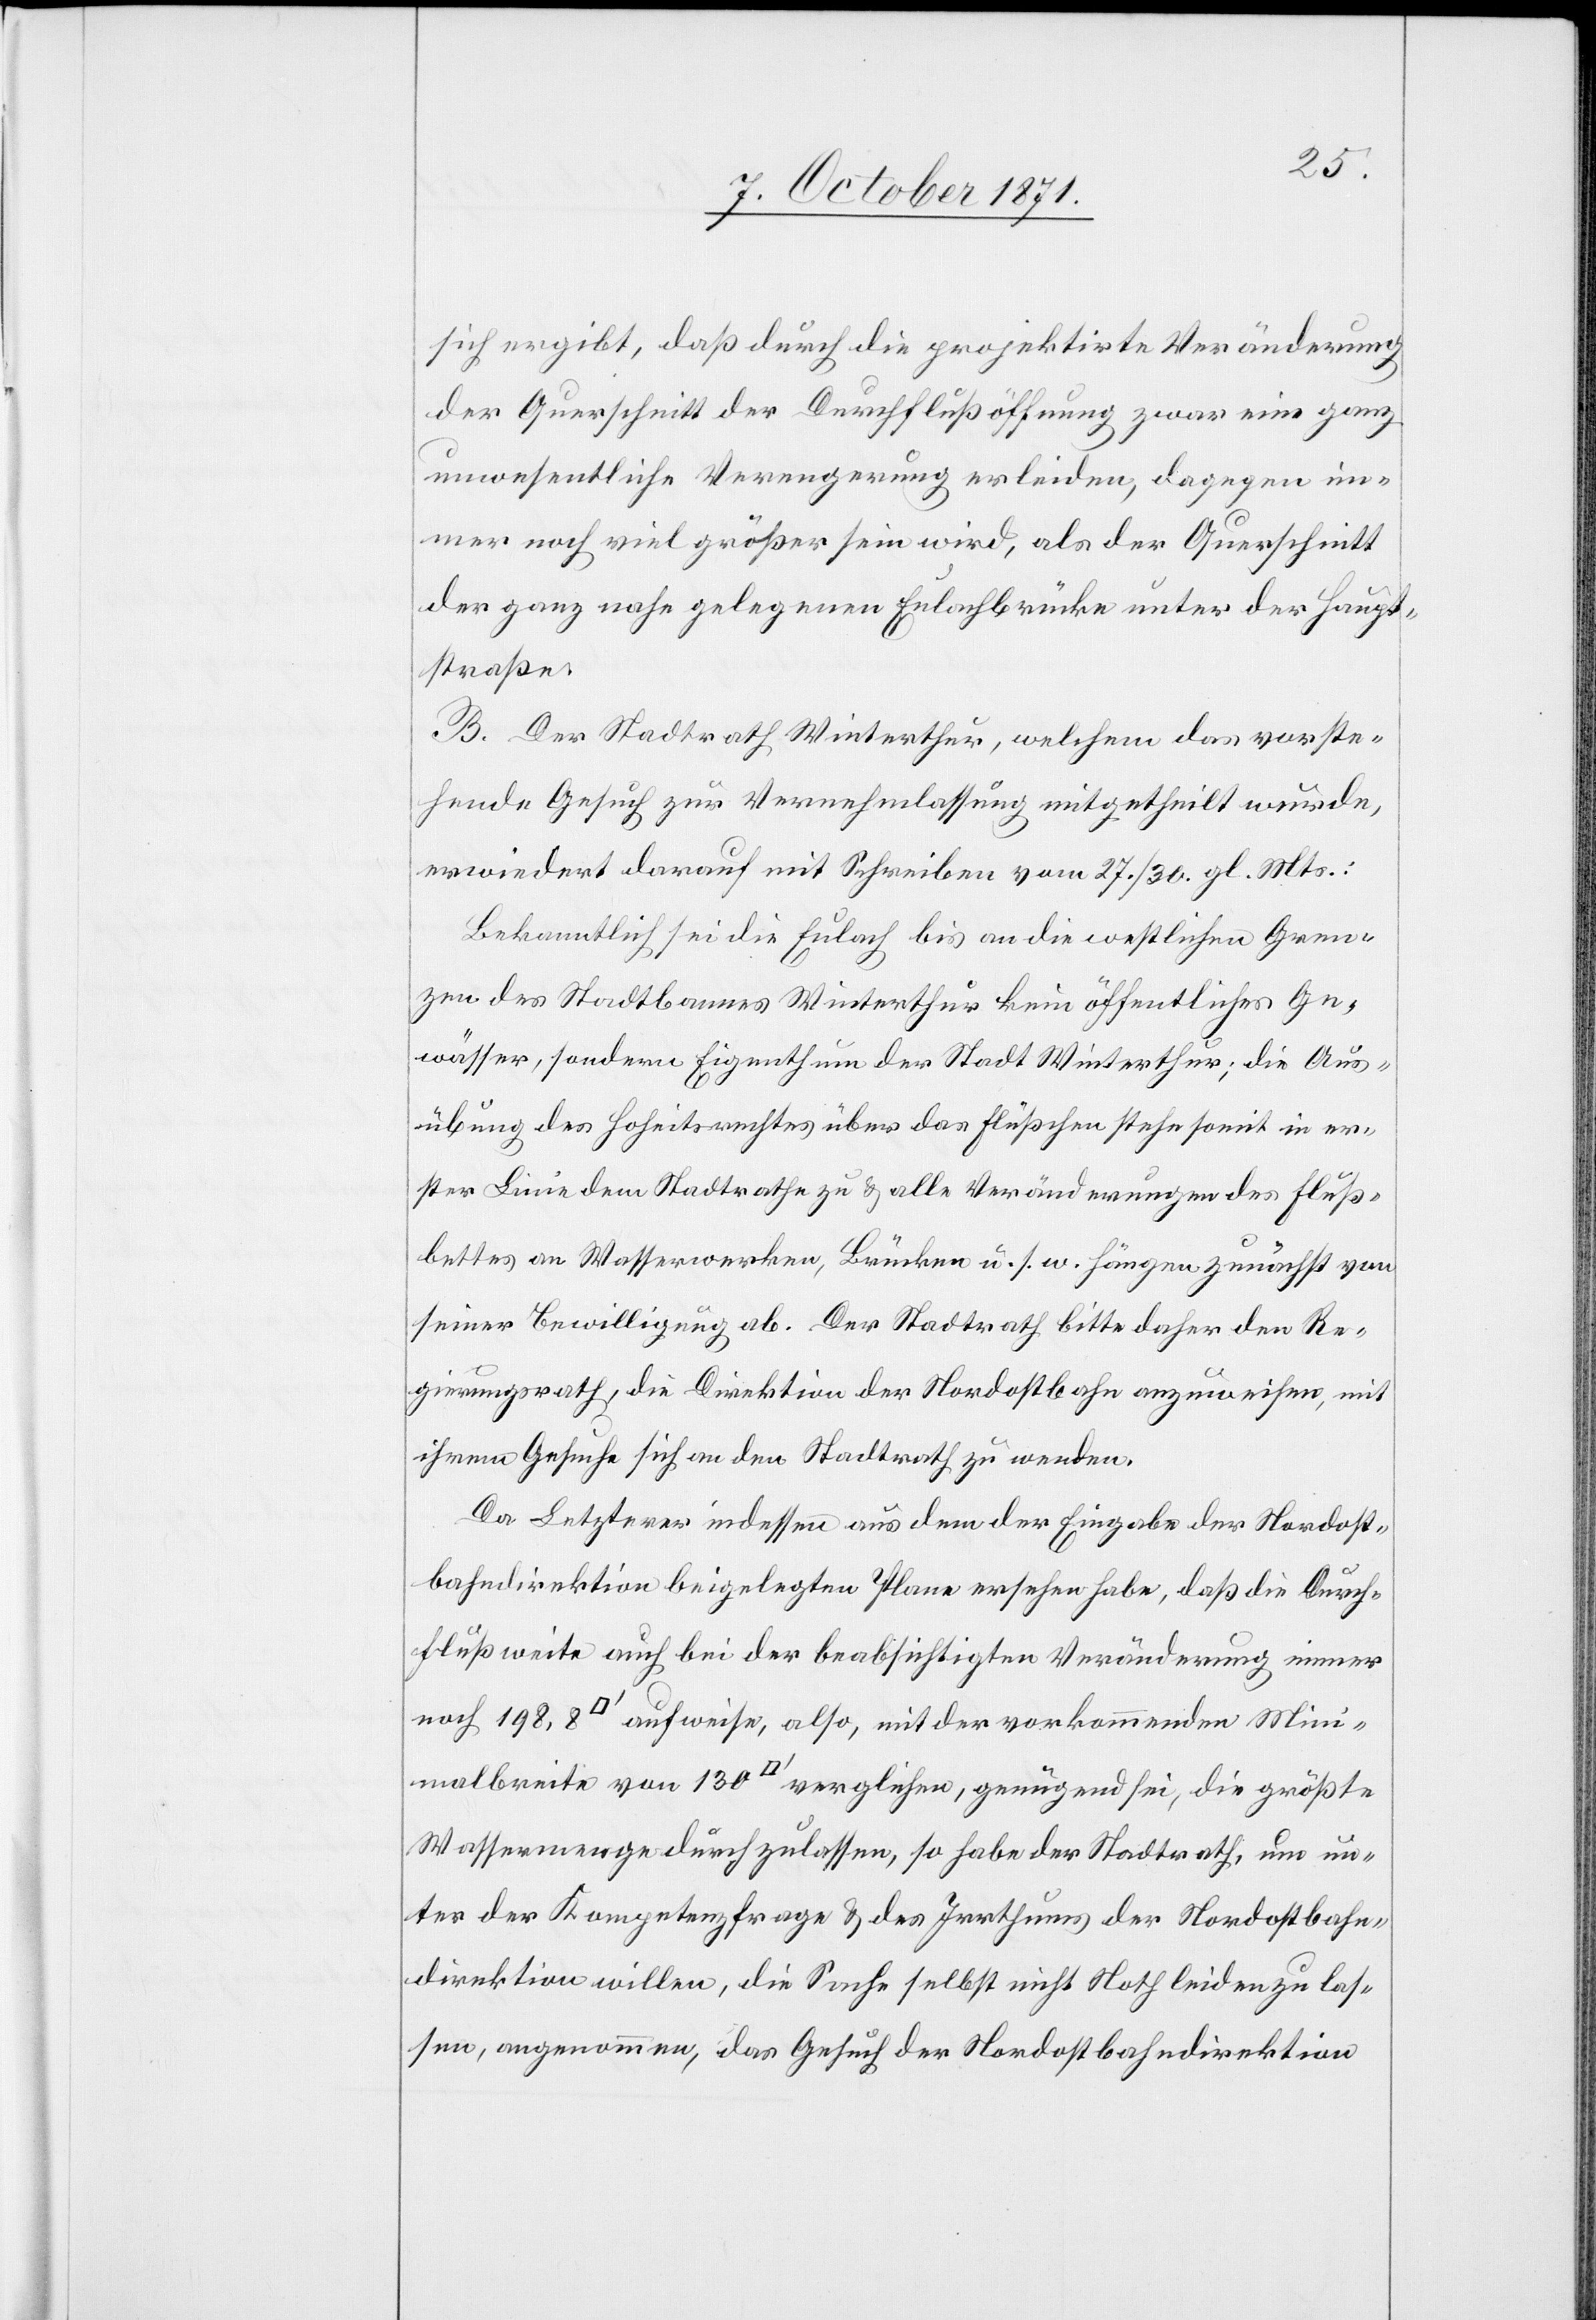
sich ergibt, daß durch die projektirte Veränderung
der Querschnitt der Durchflußöffnung zwar eine ganz
unwesentliche Verengerung erleiden, dagegen im¬
mer noch viel größer sein wird, als der Querschnitt
der ganz nahe gelegenen Eulachbrücke unter der Haupt¬
straße.
B. Der Stadtrath Winterthur, welchem das vorste¬
hende Gesuch zur Vernehmlassung mitgetheilt wurde,
erwiedert darauf mit Schreiben vom 27./30. gl. Mts.:
Bekanntlich sei die Eulach bis an die westlichen Gren¬
zen des Stadtbannes Winterthur kein öffentliches Ge¬
wässer, sondern Eigenthum der Stadt Winterthur; die Aus¬
übung des Hoheitsrechtes über das Flüsschen stehe somit in er¬
ster Linie dem Stadtrathe zu & alle Veränderung des Fluss¬
bettes an Wasserwerken, Brücken u. s. w. hängen zunächst von
seiner Bewilligung ab. Der Stadtrath bitte daher den Re¬
gierungsrath, die Direktion der Nordostbahn anzuweisen, mit
ihrem Gesuche sich an den Stadtrath zu wenden.
Da Letzterer indessen aus dem der Eingabe der Nordost¬
bahndirektion beigelegten Plane ersehen habe, daß die Durch¬
flußweite auch bei der beabsichtigten Veränderung immer
Wassermenge durchzulassen, so habe der Stadtrath, um un¬
ter der Kompetenzfrage & des Irrthums der Nordostbahn¬
direktion willen, die Sache selbst nicht Noth leiden zu las¬
sen, angenommen, das Gesuch der Nordostbahndirektion